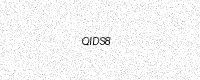
Text: QIDS8